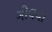
ગોલવા